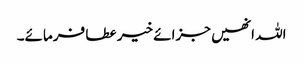
اللہ انھیں جزائے خیر عطا فرمائے۔